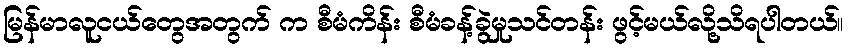
မြန်မာလူငယ်တွေအတွက် က စီမံကိန်း စီမံခန့်ခွဲမှုသင်တန်း ဖွင့်မယ်လို့သိရပါတယ်။